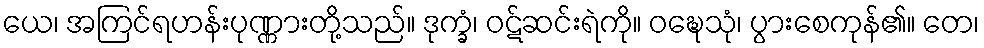
ယေ၊ အကြင်ရဟန်းပုဏ္ဏားတို့သည်။ ဒုက္ခံ၊ ဝဋ်ဆင်းရဲကို။ ဝဍ္ဎေသုံ၊ ပွားစေကုန်၏။ တေ၊